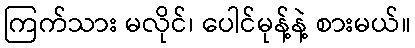
ကြက်သား မလိုင်၊ ပေါင်မုန့်နဲ့ စားမယ်။